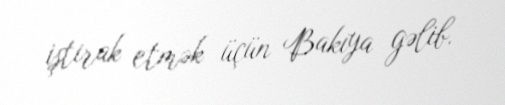
iştirak etmək üçün Bakıya gəlib.